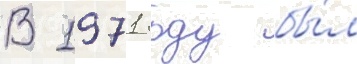
В 1971 году бы́л